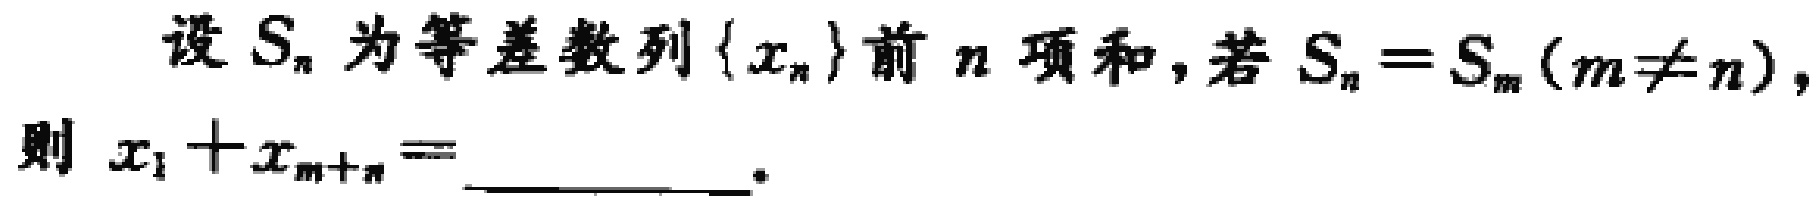
设\(S_{n}\)为等差数列\(\{x_{n}\}\)前\(n\)项和，若\(S_{n}=S_{m}(m\neq n)\)，则\(x_{1}+x_{m + n}=\)__________ 。